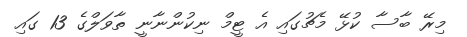
މިރޭ ބާސާ ކުޅޭ މެޗުގައި އެ ޓީމް ނިކުންނާނީ ތާވަލްގެ 13 ގައި